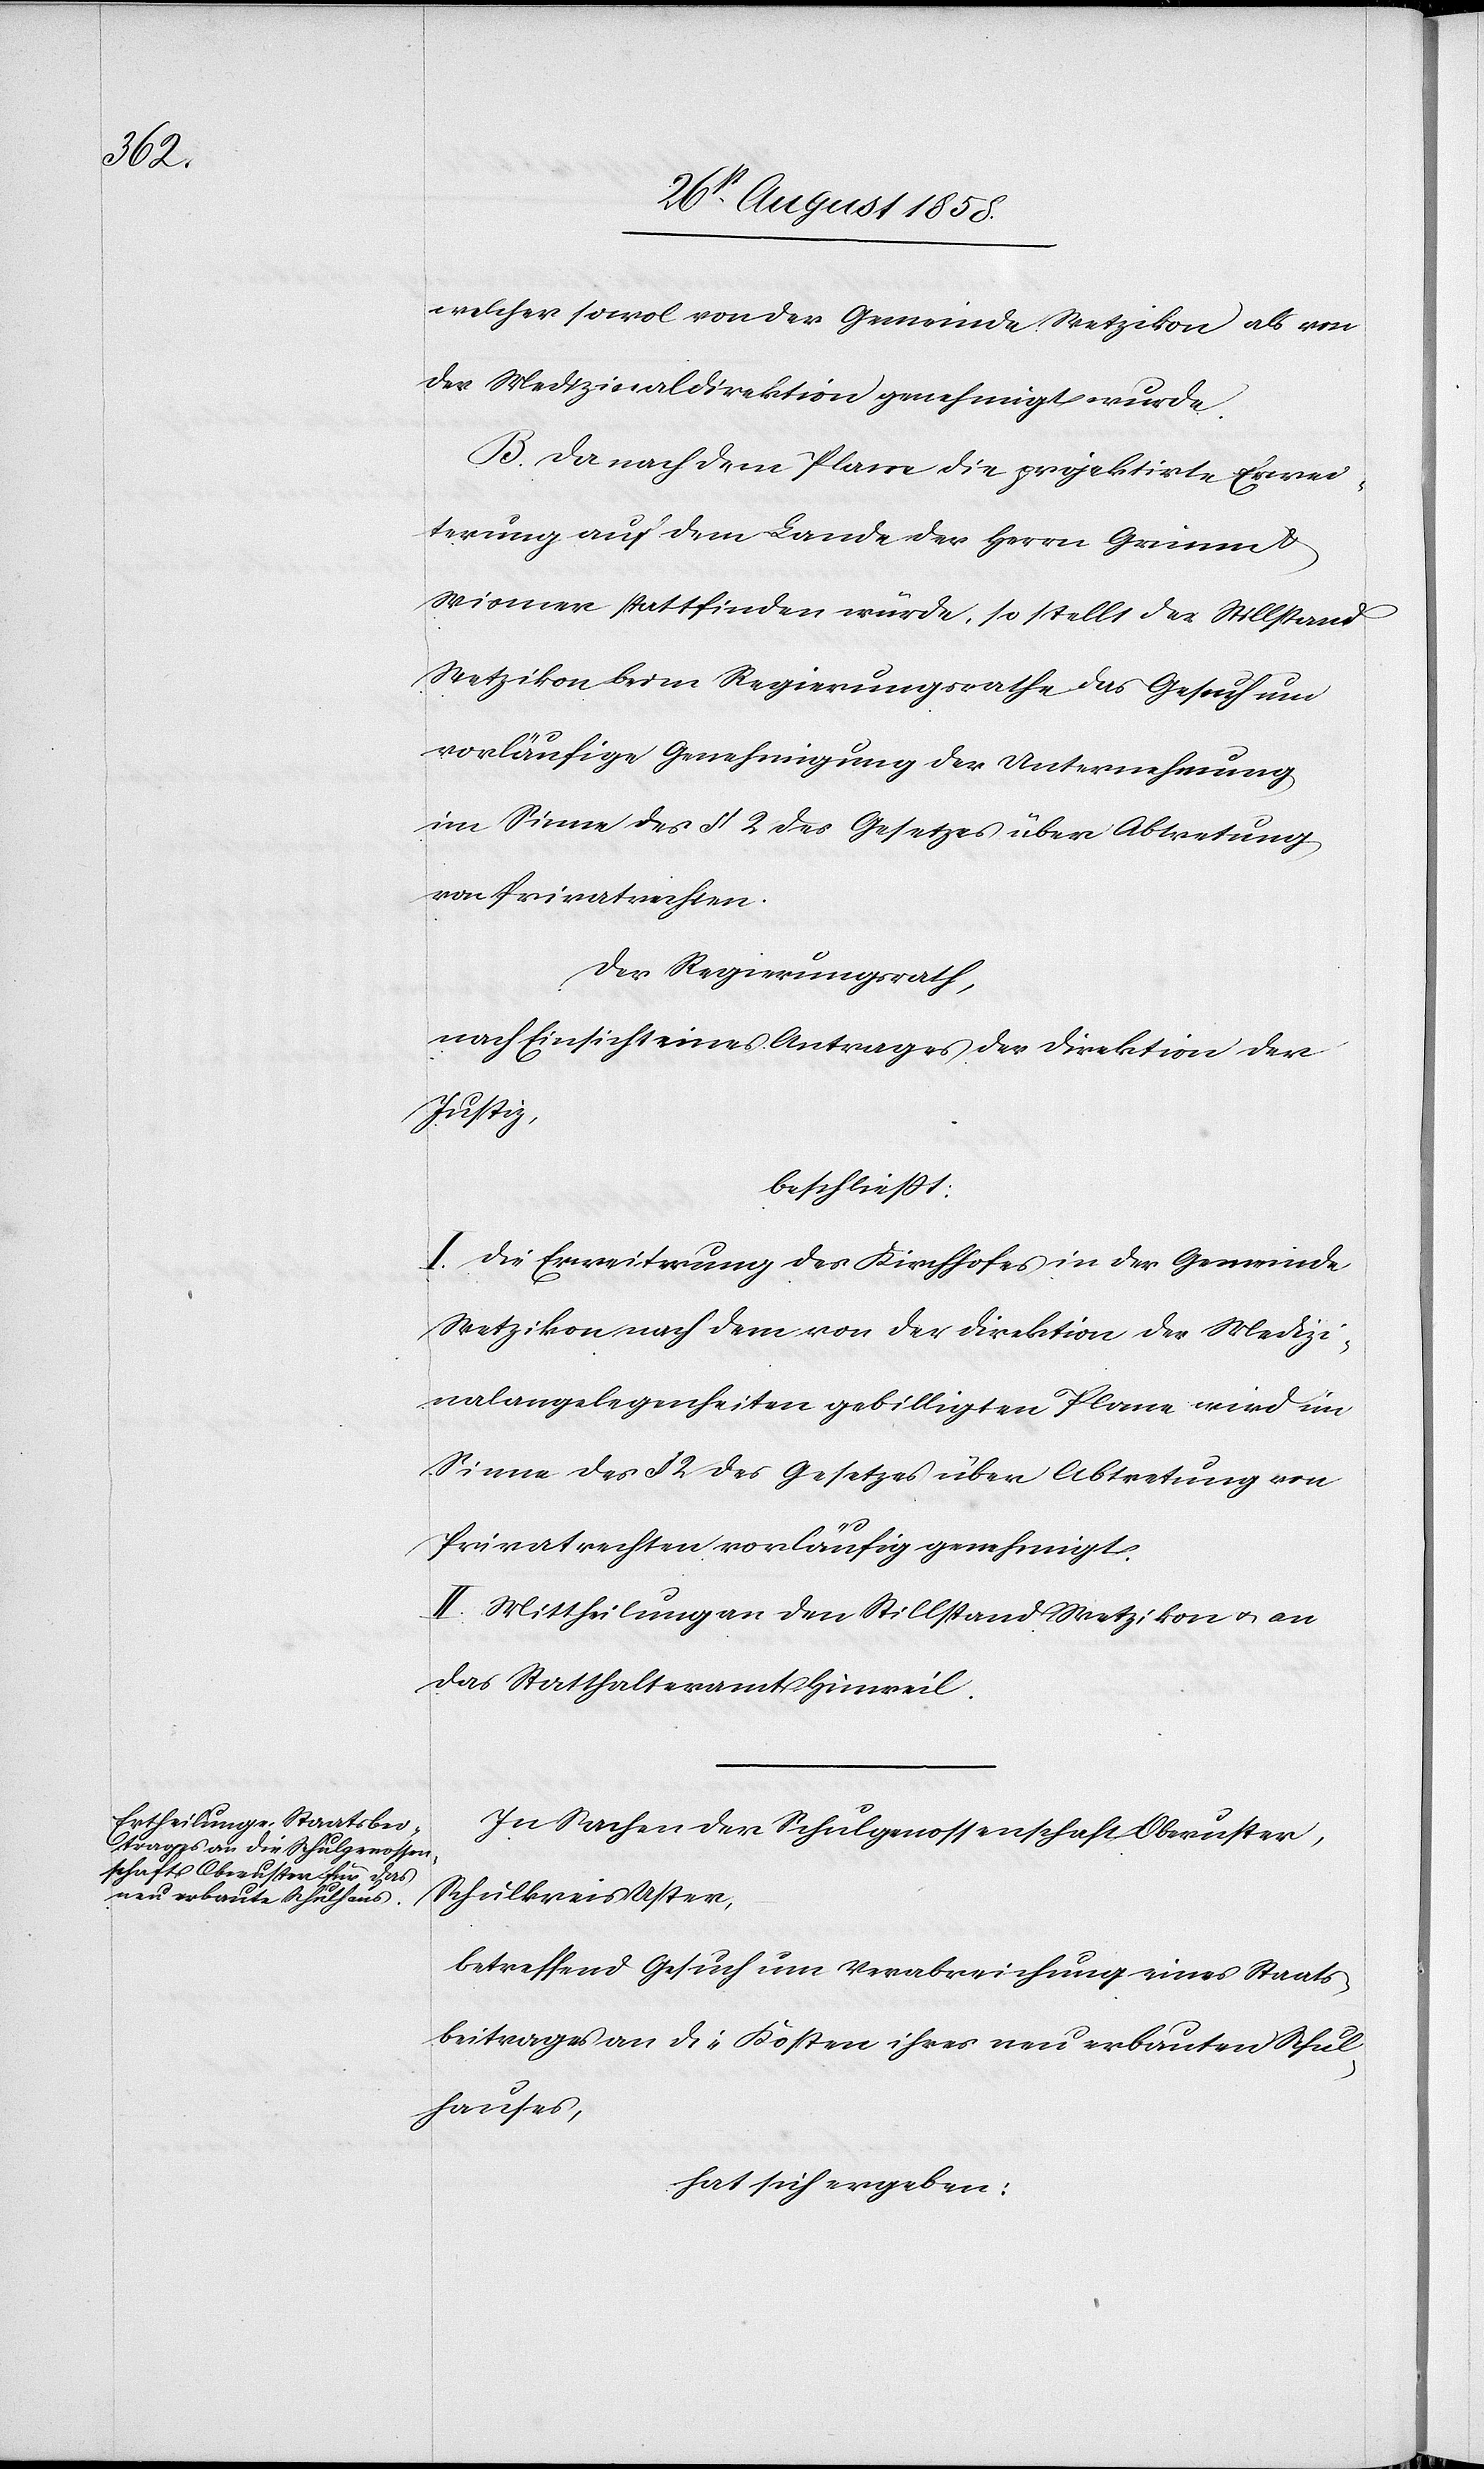
welcher sowol von der Gemeinde Wetzikon als von
der Medizinaldirektion genehmigt wurde.
B. Da nach dem Plane die projektirte Erwei¬
terung auf dem Lande der Herrn Grimm &
Wismer stattfinden würde, so stellt der Stillstand
Wetzikon beim Regierungsrathe das Gesuch um
vorläufige Genehmigung der Unternehmung
im Sinne des § 2 des Gesetzes über Abtretung
von Privatrechten.
Der Regierungsrath,
nach Einsicht eines Antrages der Direktion der
Justiz,
beschliesst:
I. Die Erweiterung des Kirchhofes in der Gemeinde
Wetzikon nach dem von der Direktion der Medizi¬
nalangelegenheiten gebilligten Plane wird im
Sinne des § 2 des Gesetzes über Abtretung von
Privatrechten vorläufig genehmigt.
II. Mittheilung an den Stillstand Wetzikon & an
das Statthalteramt Hinweil.
In Sachen der Schulgenossenschaft Oberuster,
Schulkreis Uster,
betreffend Gesuch um Verabreichung eines Staats¬
beitrages an die Kosten ihres neu erbauten Schul¬
hauses,
hat sich ergeben: